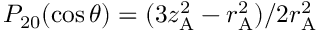
P _ { 2 0 } ( \cos \theta ) = ( 3 z _ { \mathrm { A } } ^ { 2 } - r _ { \mathrm { A } } ^ { 2 } ) / 2 r _ { \mathrm { A } } ^ { 2 }